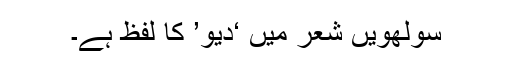
سولھویں شعر میں ‘دیو’ کا لفظ ہے۔